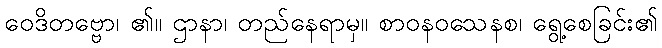
ဝေဒိတဗ္ဗော၊ ၏။ ဌာနာ၊ တည်နေရာမှ။ စာဝနဝသေနစ၊ ရွေ့စေခြင်း၏